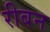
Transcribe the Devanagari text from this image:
रीबन